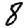
Digit: 8